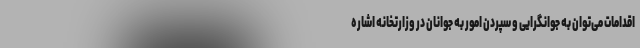
اقدامات می‌توان به جوانگرایی و سپردن امور به جوانان در وزارتخانه اشاره